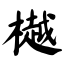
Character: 樾